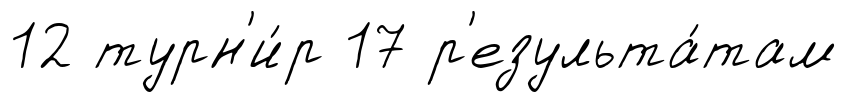
12 турн'и́р 17 р'езульта́там